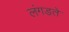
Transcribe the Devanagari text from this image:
लंगड़ते